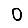
Digit: 0